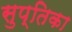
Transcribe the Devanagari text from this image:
सुप्तिका